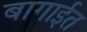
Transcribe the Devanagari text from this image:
बागाईत